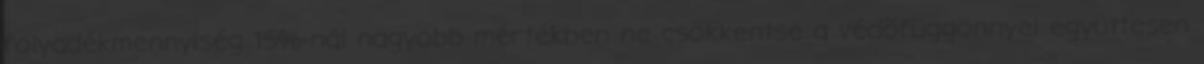
folyadékmennyiség 15%-nál nagyobb mértékben ne csökkentse a védõfüggönnyel együttesen